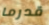
قدرما